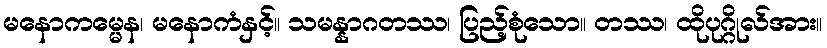
မနောကမ္မေန၊ မနောကံနှင့်။ သမန္နာဂတဿ၊ ပြည့်စုံသော။ တဿ၊ ထိုပုဂ္ဂိုလ်အား။